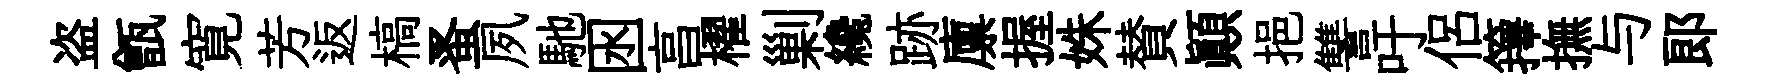
盗甑寛芳返槁蚤夙馳囦亯櫂剿纔跡廪握姝賛顛挹讐吁侣籜撫与郞